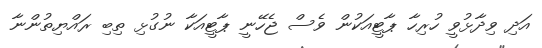
އަދި ވިދާޅުވީ ހުރިހާ ޕާޓީއަކުން ވެސް ޖެހޭނީ ޕާޓީއަކާ ނުގުޅި ތިބި ރައްޔިތުންނާ